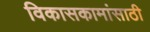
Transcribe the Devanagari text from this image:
विकासकामांसाठी